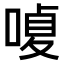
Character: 𠹘